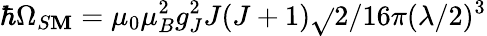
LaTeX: \hbar\Omega_{S\mathbf{M}}=\mu_{0}\mu_{B}^{2}g_{J}^{2}J(J+1)\sqrt{}{{2}}/16\pi(\lambda/2)^{3}